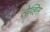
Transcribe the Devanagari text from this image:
लेव्हिस